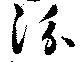
汾